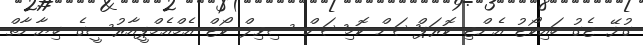
ގުޅޭ ޓެގު ހައިކޯޓު އެންޓި ކޮރަޕްޝަން ކޮމިޝަން ސިވިލް ކޯޓް އެމްއެމްޕީއާރުސީގެ ޚިޔާނާތް